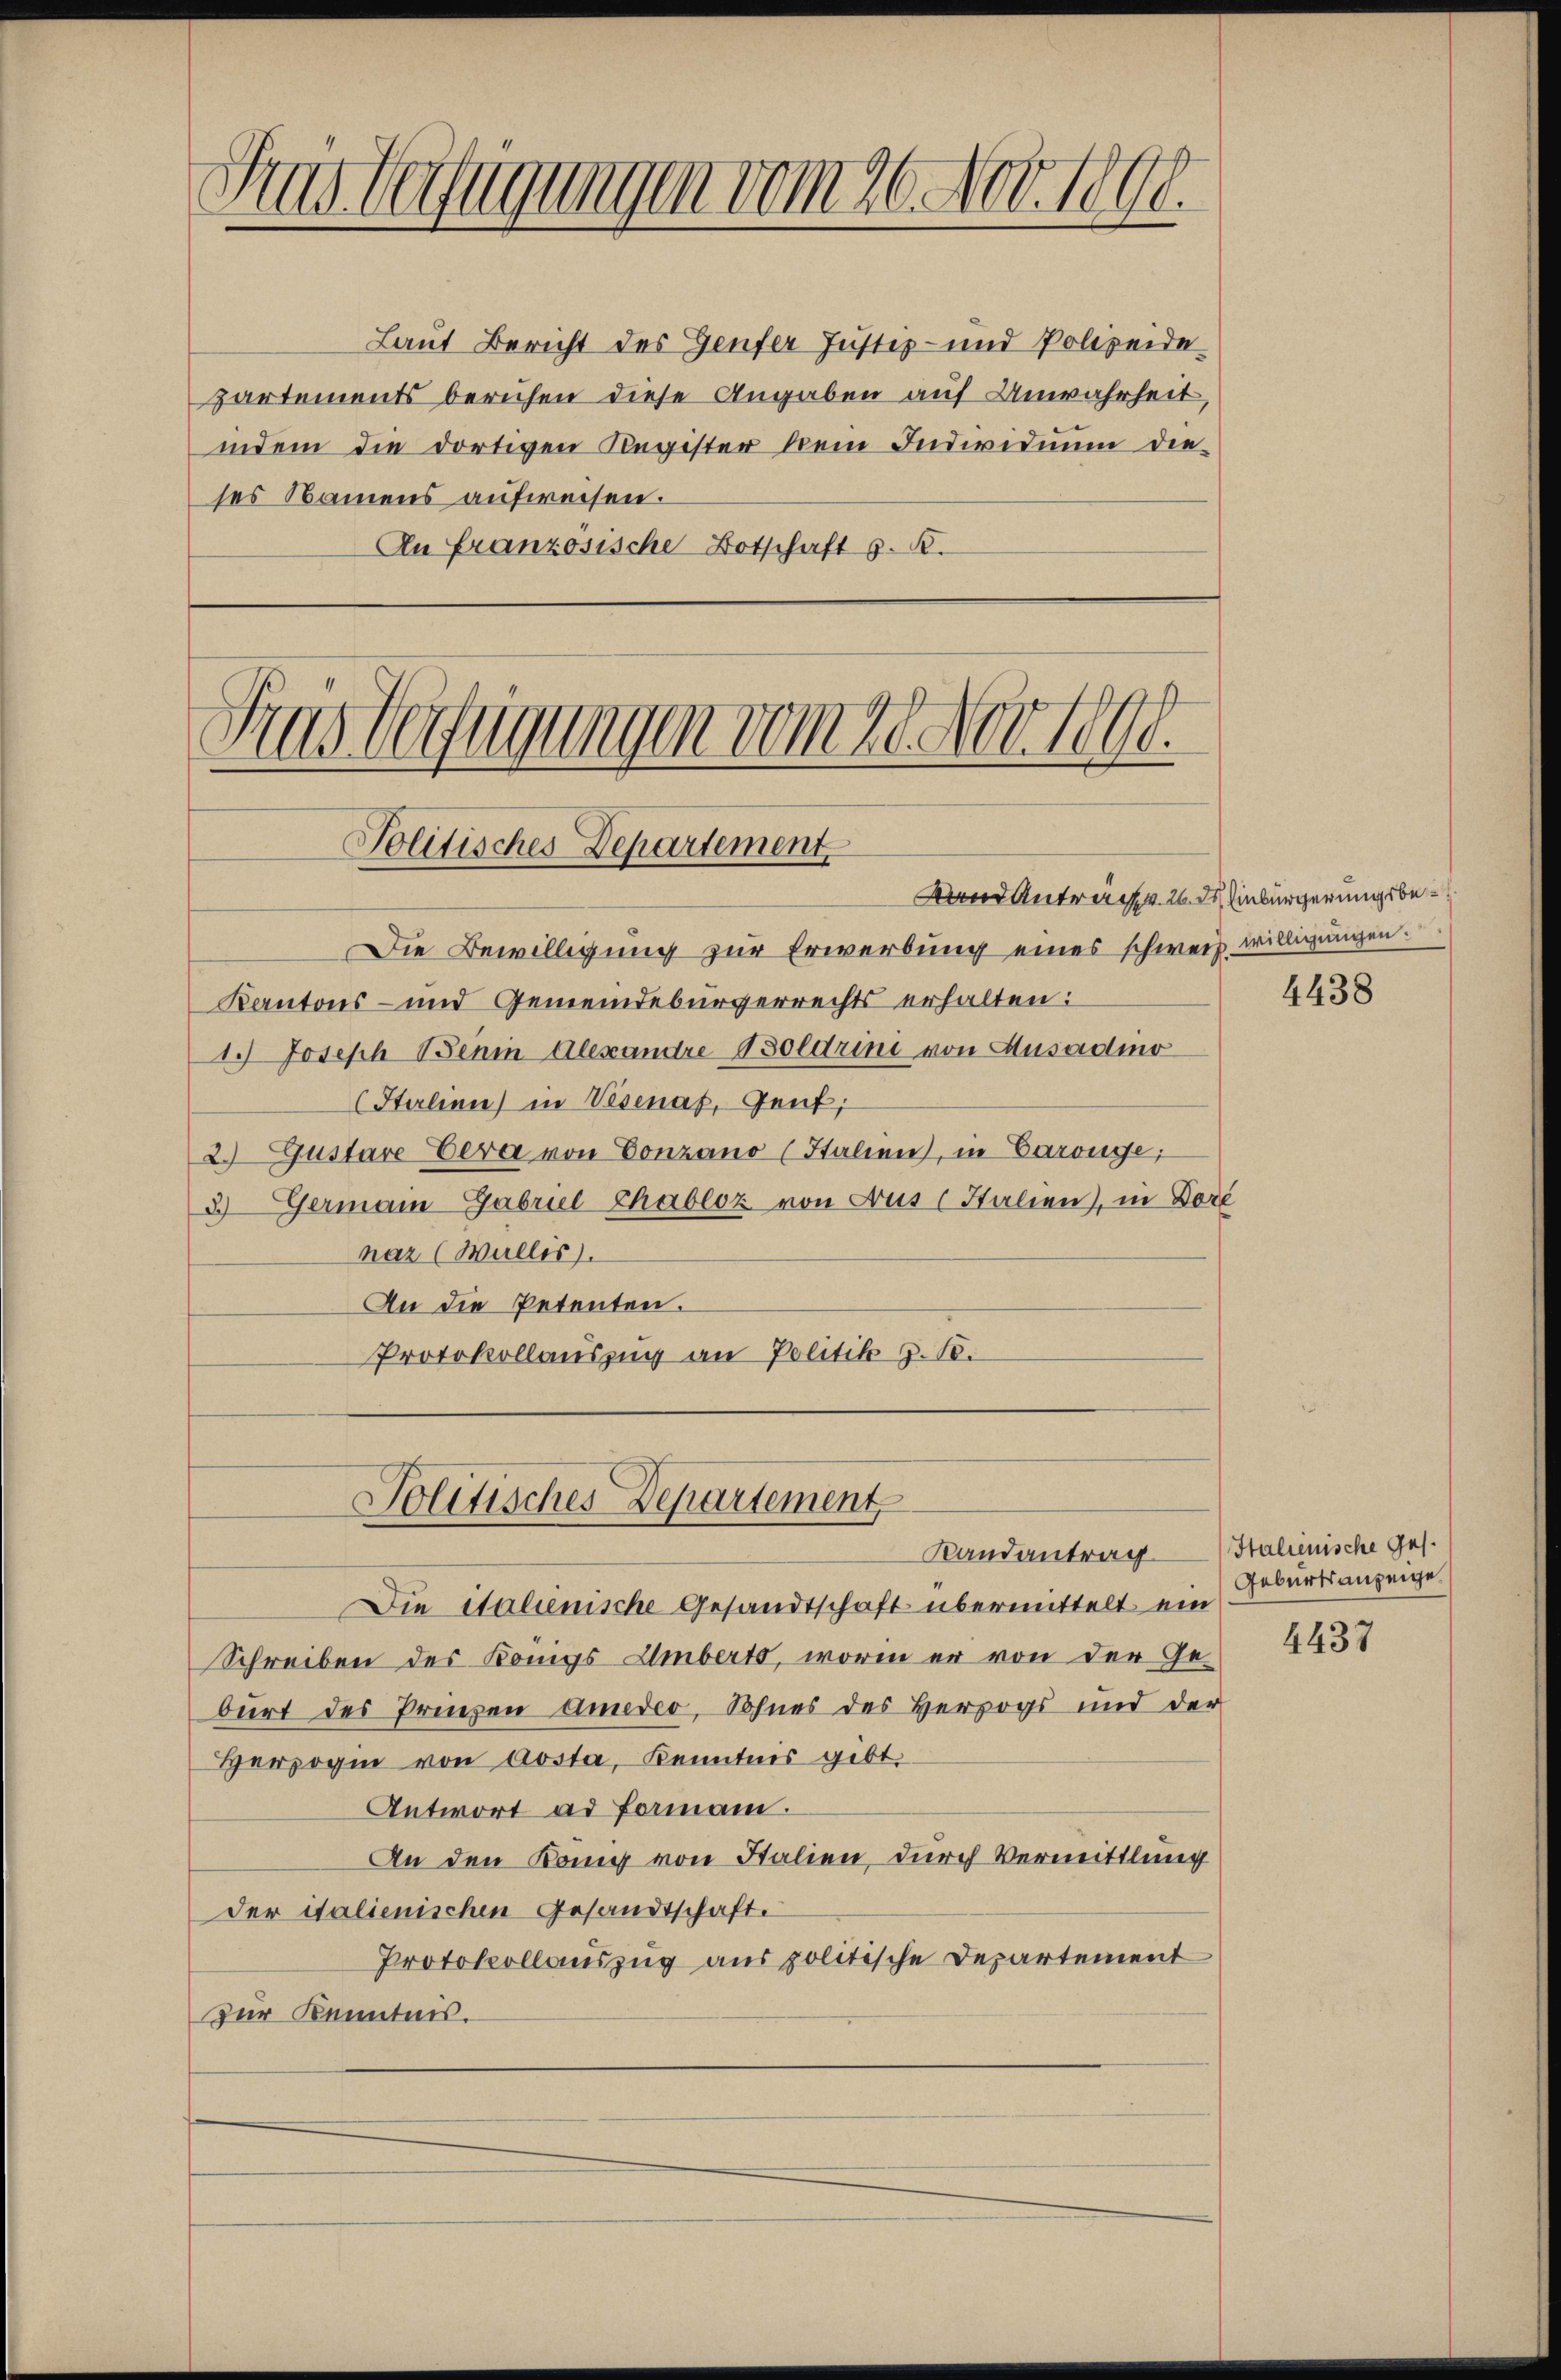
1
ins Verfügungen vom 26. Nov. 1890.

Laut Bericht des Genfer Justiz- und Polizeide
partements beruhen diese Angaben auf Unwahrheit,
indem die dortigen Register kein Individuum die-
ses Namens aufweisen.
An französische Botschaft z. B.

Sins Verfügungen vom 28. Nov. 1890.
Politisches Departement

Politisches Departement
Randantrag

Band Antrag 26. d. Einbürgerungsbe¬
Die Bewilligung zur Erwerbung eines schweiz willigungen.
Kantons- und Gemeindebürgerrechts erhalten:
1.) Joseph Beni Alexandre Soldrini von Ausadino
(Helinn) in Vesenat, Genf,
2.) Gustare Vera von Conzano (Italien, in Baronge;
3.) Germain-Gabriel Chabloz von Aus Italien), in Dor
naz (Wallis).
An die Petenten.
Protokollauszug an Politik z. B.
Die italienische Gesandtschaft übermittelt ein
Schreiben des Könngs-Umberts, worin er von der Geburt des Prinzen amedio, Sohnes des Herzogs und der
Herzogin von Aosta, Kenntnis gibt.
Antwort ad Formann.
An den Kang von Stalien durch Vermittlung
Der italienischen Gesandtschaft.
Protokollauszug aus politische Departement
Zur Kenntnis.

4438

Italienische Ges.
Geburtsanzeige.

4437